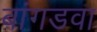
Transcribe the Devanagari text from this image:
बांगडवा